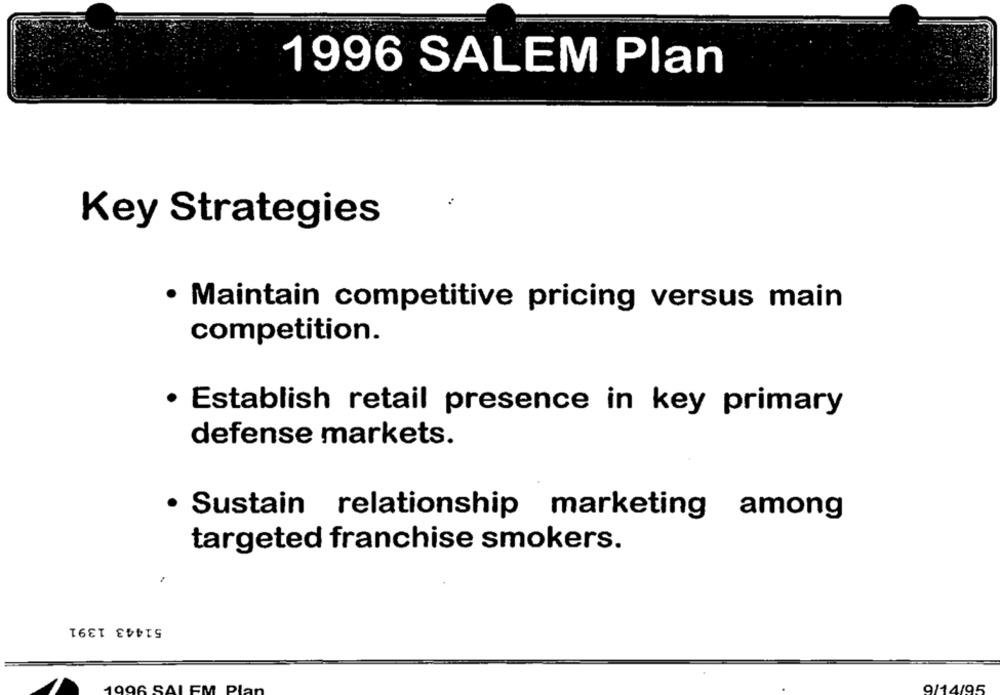
1996 SALEM Plan
Key Strategies
· Maintain competitive pricing versus main
competition.
Establish retail presence in key primary
defense markets.
· Sustain relationship marketing among
targeted franchise smokers.
51443 1391
1996 SAIEM Plan
9/14/95